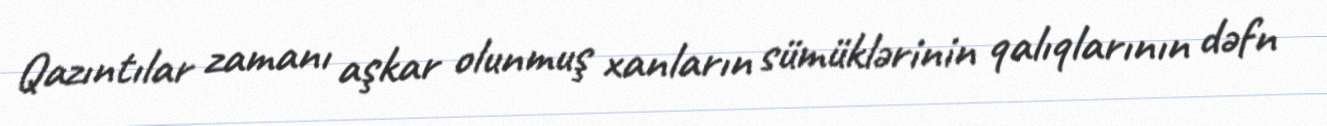
Qazıntılar zamanı aşkar olunmuş xanların sümüklərinin qalıqlarının dəfn